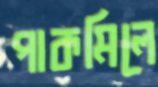
পাকমিলে